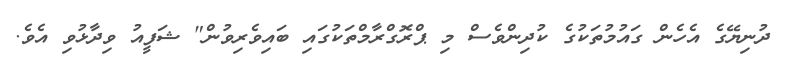
ދުނިޔޭގެ އެހެން ގައުމުތަކުގެ ކުދިންވެސް މި ޕްރޮގްރާމްތަކުގައި ބައިވެރިވުން" ޝަފީއު ވިދާޅުވި އެވެ.